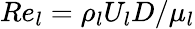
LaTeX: Re_{l}=\rho_{l}U_{l}D/\mu_{l}